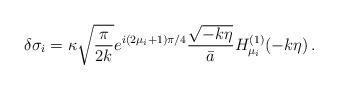
LaTeX: \begin{align*}\delta\sigma_i = \kappa \sqrt{{\pi \over 2k}} e^{i(2\mu_i+1)\pi/4}{\sqrt{-k\eta} \over \bar{a}} H_{\mu_i}^{(1)}(-k\eta) \, .\end{align*}